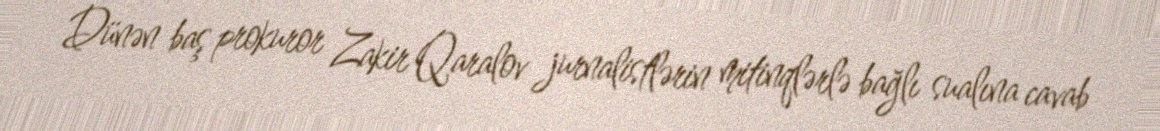
Dünən baş prokuror Zakir Qaralov jurnalistlərin mitinqlərlə bağlı sualına cavab